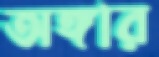
অঙ্গার